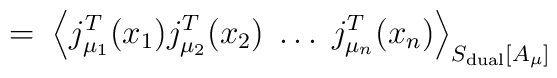
=\;\left\langle j_{\mu _1}^T(x_1)j_{\mu _2}^T(x_2)\;\ldots\;j_{\mu_n}^T(x_n)\right\rangle _{S_{{\rm dual}}[A_\mu]}\;